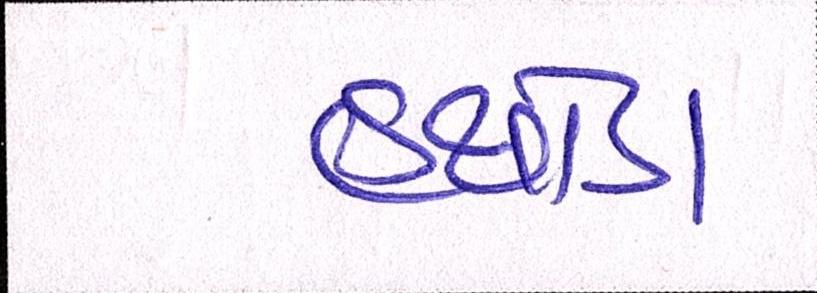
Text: હથોડો